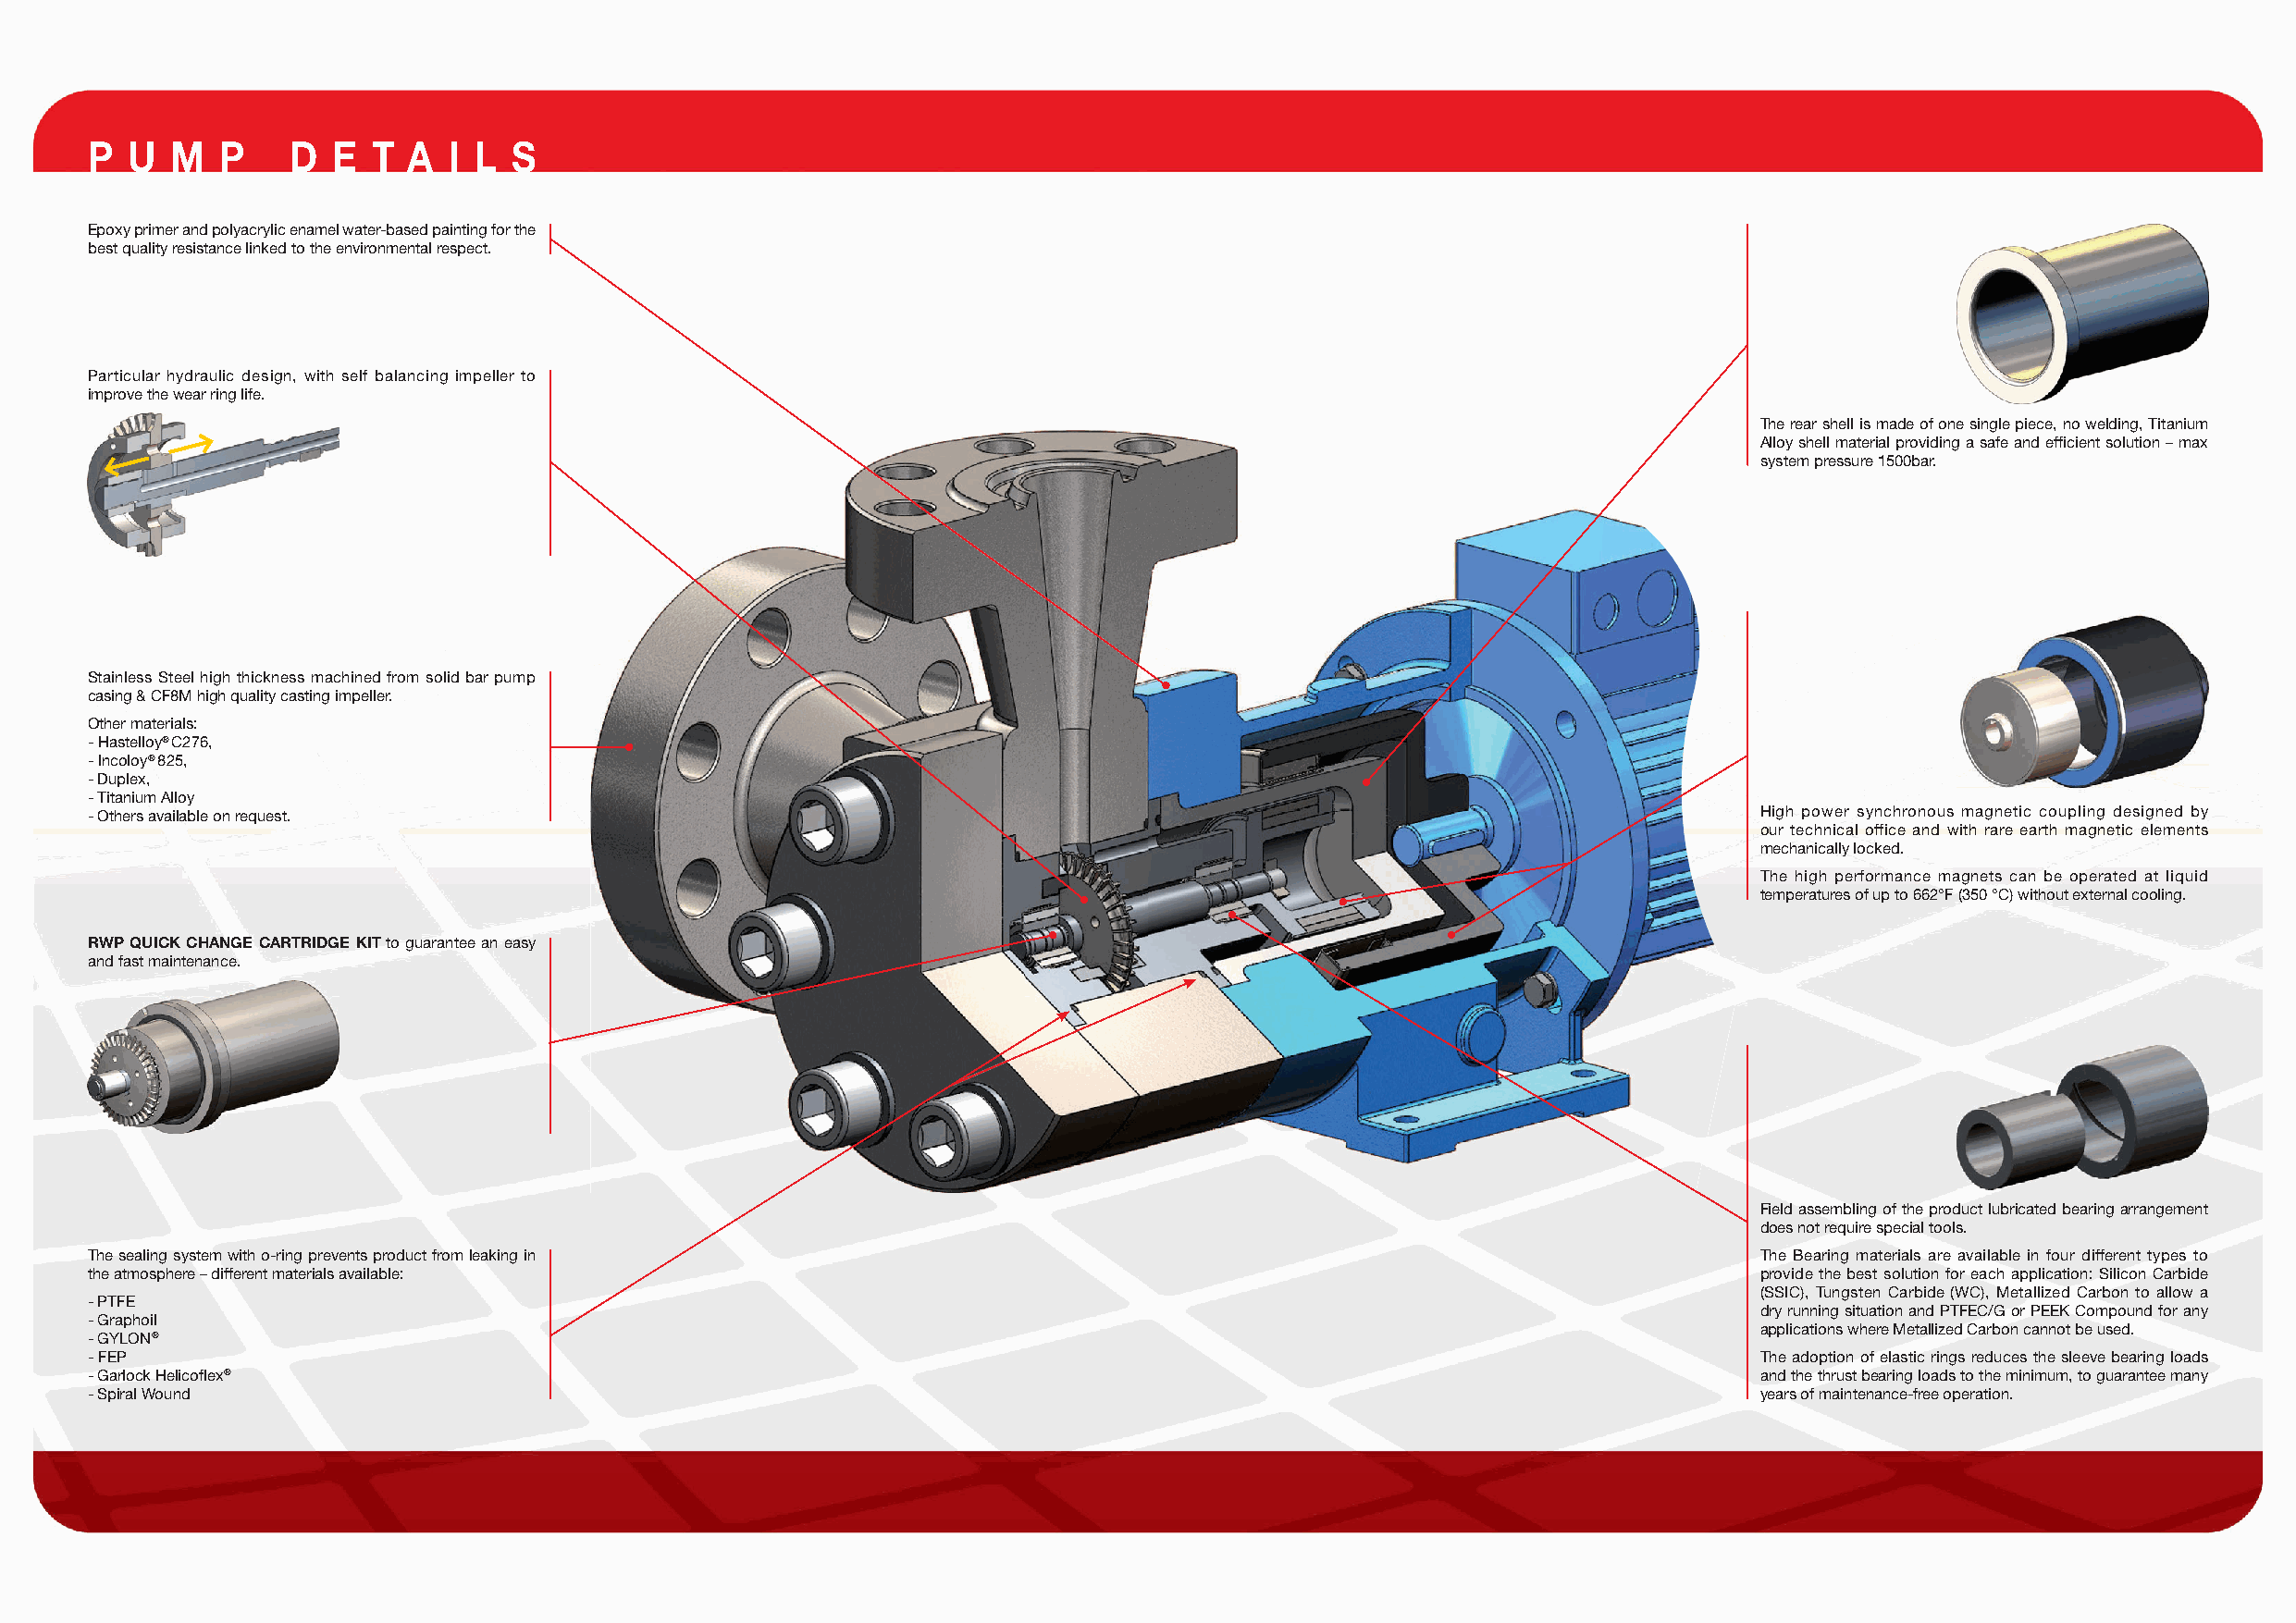
P  U  M   P    D  E  T A  I L  S
 Epoxy primer and polyacrylic enamel water-based painting for the
 best quality resistance linked to the environmental respect.
 Particular hydraulic design, with self balancing impeller to
 improve the wear ring life.
 The rear shell is made of one single piece, no welding, Titanium
 Alloy shell material providing a safe and effi cient solution – max
 system pressure 1500bar.
 Stainless Steel high thickness machined from solid bar pump
 casing & CF8M high quality casting impeller.
 Other materials:
 - Hastelloy® C276,
 - Incoloy® 825,
 - Duplex,
 - Titanium Alloy
 - Others available on request.                                                                                          High power synchronous magnetic coupling designed by
 our technical office and with rare earth magnetic elements
 mechanically locked.
 The high performance magnets can be operated at liquid
 temperatures of up to 662°F (350 °C) without external cooling.
 RWP QUICK CHANGE CARTRIDGE KIT to guarantee an easy
 and fast maintenance.
 Field assembling of the product lubricated bearing arrangement
 does not require special tools.
 The sealing system with o-ring prevents product from leaking in                                                         The Bearing materials are available in four different types to
 the atmosphere – different materials available:                                                                         provide the best solution for each application: Silicon Carbide
 (SSIC), Tungsten Carbide (WC), Metallized Carbon to allow a
 - PTFE
 dry running situation and PTFEC/G or PEEK Compound for any
 - Graphoil
 applications where Metallized Carbon cannot be used.
 - GYLON®
 - FEP                                                                                                                   The adoption of elastic rings reduces the sleeve bearing loads
 - Garlock Helicoflex®                                                                                                   and the thrust bearing loads to the minimum, to guarantee many
 - Spiral Wound                                                                                                          years of maintenance-free operation.